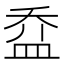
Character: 𥁢